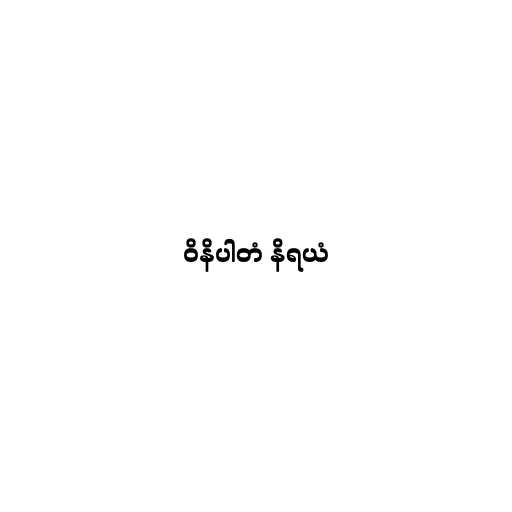
ဝိနိပါတံ နိရယံ